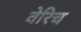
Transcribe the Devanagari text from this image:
वेरिच